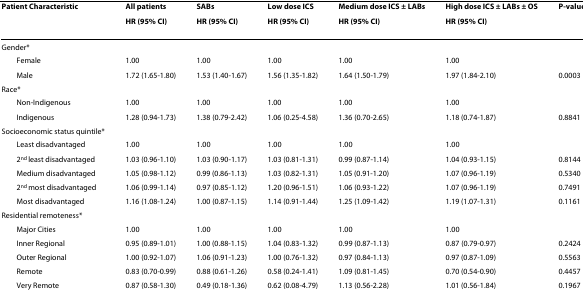
<table><thead><tr><td><b>Patient Characteristic</b></td><td><b>All patients</b></td><td><b>SABs</b></td><td><b>Low dose ICS</b></td><td><b>Medium dose ICS ± LABs</b></td><td><b>High dose ICS ± LABs ± OS</b></td><td><b>P-value for interaction</b></td></tr><tr><td></td><td><b>HR (95% CI)</b></td><td><b>HR (95% CI)</b></td><td><b>HR (95% CI)</b></td><td><b>HR (95% CI)</b></td><td><b>HR (95% CI)</b></td><td></td></tr></thead><tbody><tr><td>Gender*</td><td></td><td></td><td></td><td></td><td></td><td></td></tr><tr><td> Female</td><td>1.00</td><td>1.00</td><td>1.00</td><td>1.00</td><td>1.00</td><td></td></tr><tr><td> Male</td><td>1.72 (1.65-1.80)</td><td>1.53 (1.40-1.67)</td><td>1.56 (1.35-1.82)</td><td>1.64 (1.50-1.79)</td><td>1.97 (1.84-2.10)</td><td>0.0003</td></tr><tr><td>Race*</td><td></td><td></td><td></td><td></td><td></td><td></td></tr><tr><td> Non-Indigenous</td><td>1.00</td><td>1.00</td><td>1.00</td><td>1.00</td><td>1.00</td><td></td></tr><tr><td> Indigenous</td><td>1.28 (0.94-1.73)</td><td>1.38 (0.79-2.42)</td><td>1.06 (0.25-4.58)</td><td>1.36 (0.70-2.65)</td><td>1.18 (0.74-1.87)</td><td>0.8841</td></tr><tr><td>Socioeconomic status quintile*</td><td></td><td></td><td></td><td></td><td></td><td></td></tr><tr><td> Least disadvantaged</td><td>1.00</td><td>1.00</td><td>1.00</td><td>1.00</td><td>1.00</td><td></td></tr><tr><td> 2<sup>nd </sup>least disadvantaged</td><td>1.03 (0.96-1.10)</td><td>1.03 (0.90-1.17)</td><td>1.03 (0.81-1.31)</td><td>0.99 (0.87-1.14)</td><td>1.04 (0.93-1.15)</td><td>0.8144</td></tr><tr><td> Medium disadvantaged</td><td>1.05 (0.98-1.12)</td><td>0.99 (0.86-1.13)</td><td>1.03 (0.82-1.31)</td><td>1.05 (0.91-1.20)</td><td>1.07 (0.96-1.19)</td><td>0.5340</td></tr><tr><td> 2<sup>nd </sup>most disadvantaged</td><td>1.06 (0.99-1.14)</td><td>0.97 (0.85-1.12)</td><td>1.20 (0.96-1.51)</td><td>1.06 (0.93-1.22)</td><td>1.07 (0.96-1.19)</td><td>0.7491</td></tr><tr><td> Most disadvantaged</td><td>1.16 (1.08-1.24)</td><td>1.00 (0.87-1.15)</td><td>1.14 (0.91-1.44)</td><td>1.25 (1.09-1.42)</td><td>1.19 (1.07-1.31)</td><td>0.1161</td></tr><tr><td>Residential remoteness*</td><td></td><td></td><td></td><td></td><td></td><td></td></tr><tr><td> Major Cities</td><td>1.00</td><td>1.00</td><td>1.00</td><td>1.00</td><td>1.00</td><td></td></tr><tr><td> Inner Regional</td><td>0.95 (0.89-1.01)</td><td>1.00 (0.88-1.15)</td><td>1.04 (0.83-1.32)</td><td>0.99 (0.87-1.13)</td><td>0.87 (0.79-0.97)</td><td>0.2424</td></tr><tr><td> Outer Regional</td><td>1.00 (0.92-1.07)</td><td>1.06 (0.91-1.23)</td><td>1.00 (0.76-1.32)</td><td>0.97 (0.84-1.13)</td><td>0.97 (0.87-1.09)</td><td>0.5563</td></tr><tr><td> Remote</td><td>0.83 (0.70-0.99)</td><td>0.88 (0.61-1.26)</td><td>0.58 (0.24-1.41)</td><td>1.09 (0.81-1.45)</td><td>0.70 (0.54-0.90)</td><td>0.4457</td></tr><tr><td> Very Remote</td><td>0.87 (0.58-1.30)</td><td>0.49 (0.18-1.36)</td><td>0.62 (0.08-4.79)</td><td>1.13 (0.56-2.28)</td><td>1.01 (0.56-1.84)</td><td>0.1967</td></tr></tbody></table>